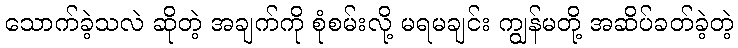
သောက်ခဲ့သလဲ ဆိုတဲ့ အချက်ကို စုံစမ်းလို့ မရမချင်း ကျွန်မတို့ အဆိပ်ခတ်ခဲ့တဲ့